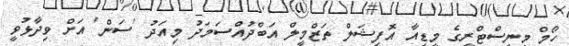
ހޯމް މިނިސްޓްރީގެ މީޑިއާ އޮފިޝަލް ތަޒްމީލް އަބްދުއްސަމަދު މިއަދު 'ސަން' އަށް ވިދާޅުވީ